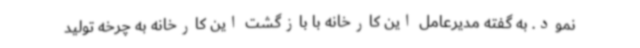
نمود. به گفته مدیرعامل این کارخانه با بازگشت این کارخانه به چرخه تولید